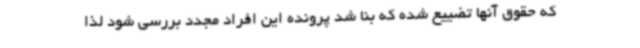
که حقوق آنها تضییع شده که بنا شد پرونده این افراد مجدد بررسی شود لذا